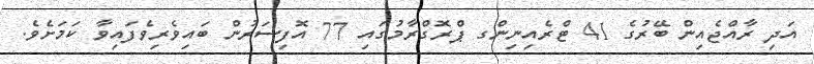
އަދި ރާއްޖެއިން ބޭރުގެ 41 ޓްރެއިނިންގ ޕްރޮގްރާމުގައި 77 އޮފިސަރުން ބައިވެރިވެފައިވާ ކަަމަށެވެ.